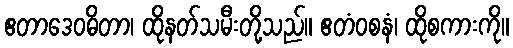
ဧတာဒေဝဓိတာ၊ ထိုနတ်သမီးတို့သည်။ ဧတံဝစနံ၊ ထိုစကားကို။